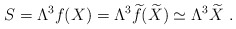
\begin{align*}S=\Lambda^3 f(X)=\Lambda^3 {\widetilde f} ({\widetilde X})\simeq \Lambda^3{\widetilde X}~.\end{align*}